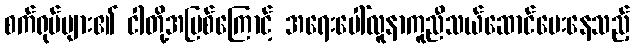
စက်ရုပ်များ၏ ငါတို့အပြစ်ကြောင့် အရေးပေါ်လူနာကူညီသယ်ဆောင်ပေးနေသည့်